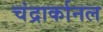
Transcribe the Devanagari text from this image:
चंद्रार्कानल